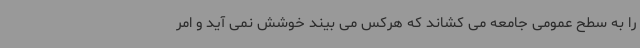
را به سطح عمومی جامعه می کشاند که هرکس می بیند خوشش نمی آید و امر